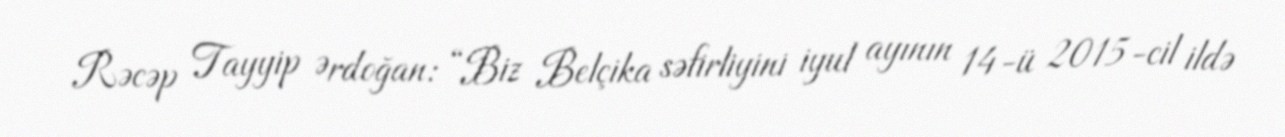
Rəcəp Tayyip Ərdoğan: “Biz Belçika səfirliyini iyul ayının 14-ü 2015-cil ildə